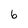
Character: 6